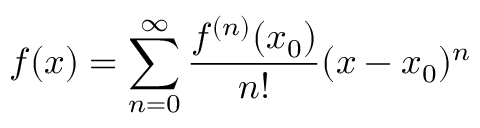
f ( x ) = \sum _ { n = 0 } ^ { \infty } \frac { f ^ { ( n ) } ( x _ { 0 } ) } { n ! } ( x - x _ { 0 } ) ^ { n }